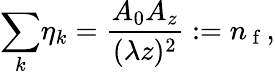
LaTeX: {\displaystyle\sum_{k}}\eta_{k}=\frac{A_{0}A_{z}}{(\lambda z)^{2}}:=n_{\mathrm{~f~}},